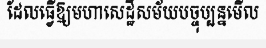
ដែលធ្វើឱ្យមហាសេដ្ឋីសម័យបច្ចុប្បន្នមើល